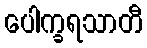
ပေါက္ခရသာတီ